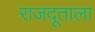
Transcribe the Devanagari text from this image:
राजदूताला